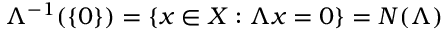
\Lambda ^ { - 1 } ( \{ 0 \} ) = \{ x \in X : \Lambda x = 0 \} = { N } ( \Lambda )